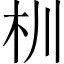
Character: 杊